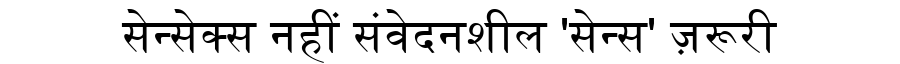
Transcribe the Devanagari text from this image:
सेन्सेक्स नहीं संवेदनशील 'सेन्स' ज़रूरी